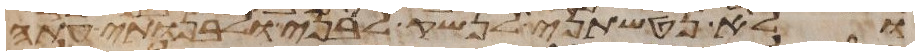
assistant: ולא נטשתני לנשק לבני ולבנותי עתה